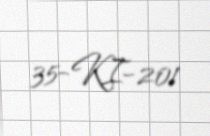
35-KI-201